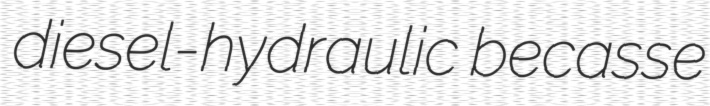
diesel-hydraulic becasse